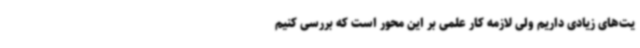
یت‌های زیادی داریم ولی لازمه کار علمی بر این محور است که بررسی کنیم